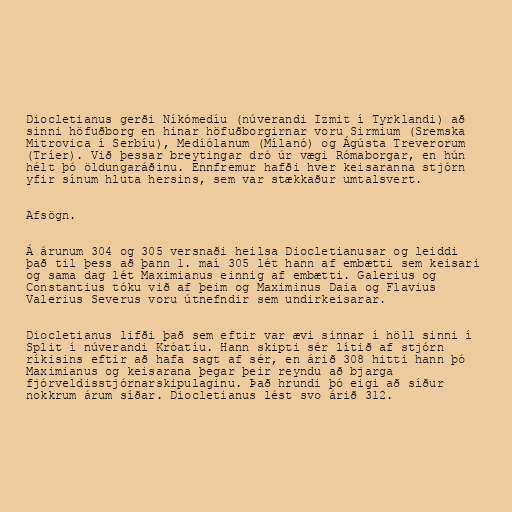
Diocletianus gerði Níkómedíu (núverandi Izmit í Tyrklandi) að
sinni höfuðborg en hinar höfuðborgirnar voru Sirmium (Sremska
Mitrovica í Serbíu), Medíólanum (Mílanó) og Ágústa Treverorum
(Tríer). Við þessar breytingar dró úr vægi Rómaborgar, en hún
hélt þó öldungaráðinu. Ennfremur hafði hver keisaranna stjórn
yfir sínum hluta hersins, sem var stækkaður umtalsvert.

Afsögn.

Á árunum 304 og 305 versnaði heilsa Diocletianusar og leiddi
það til þess að þann 1. maí 305 lét hann af embætti sem keisari
og sama dag lét Maximianus einnig af embætti. Galerius og
Constantius tóku við af þeim og Maximinus Daia og Flavius
Valerius Severus voru útnefndir sem undirkeisarar.

Diocletianus lifði það sem eftir var ævi sinnar í höll sinni í
Split í núverandi Króatíu. Hann skipti sér lítið af stjórn
ríkisins eftir að hafa sagt af sér, en árið 308 hitti hann þó
Maximianus og keisarana þegar þeir reyndu að bjarga
fjórveldisstjórnarskipulaginu. Það hrundi þó eigi að síður
nokkrum árum síðar. Diocletianus lést svo árið 312.